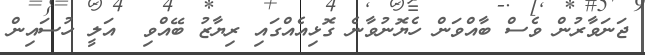
ޖަނަވާރުން ވެސް ބާއްވަން ހެޔޮނުވާނެ ގޮޅިއެއްގައި ރިޔާޒު ބޭއްވި  އަލީ ހުސައިން